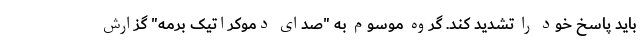
باید پاسخ خود را تشدید کند. گروه موسوم به "صدای دموکراتیک برمه" گزارش